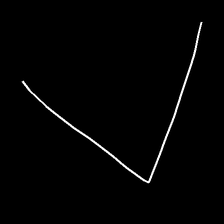
Glyph: region